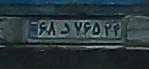
۶۸د۷۶۵۲۴